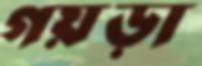
গয়ড়া